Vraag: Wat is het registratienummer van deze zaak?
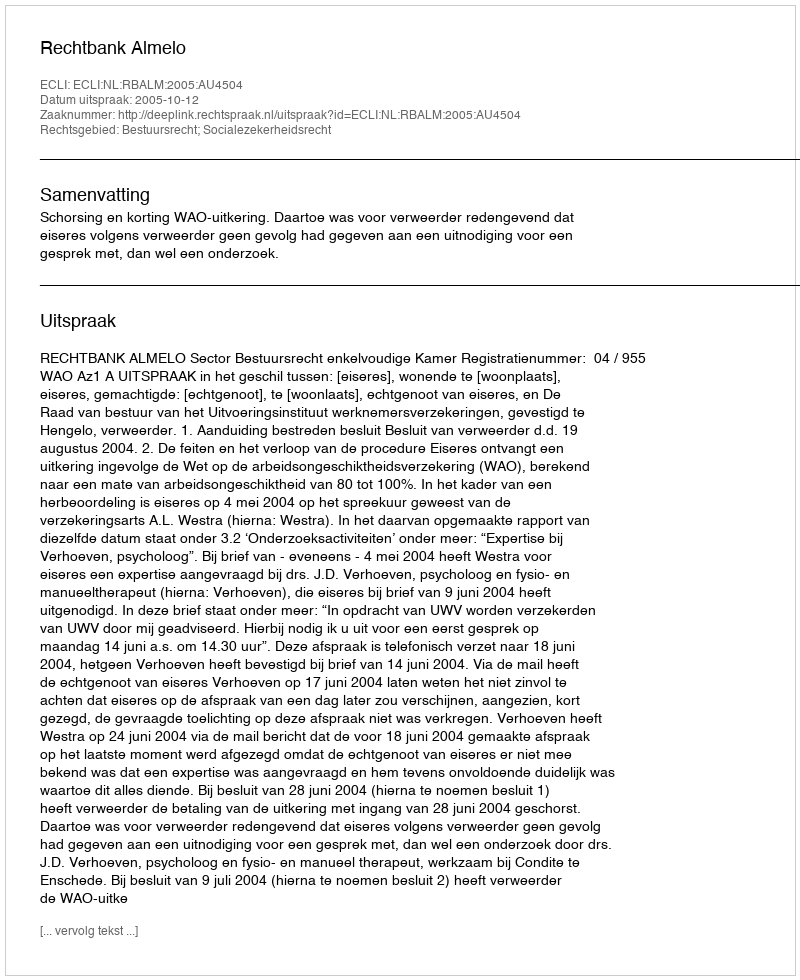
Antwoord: http://deeplink.rechtspraak.nl/uitspraak?id=ECLI:NL:RBALM:2005:AU4504